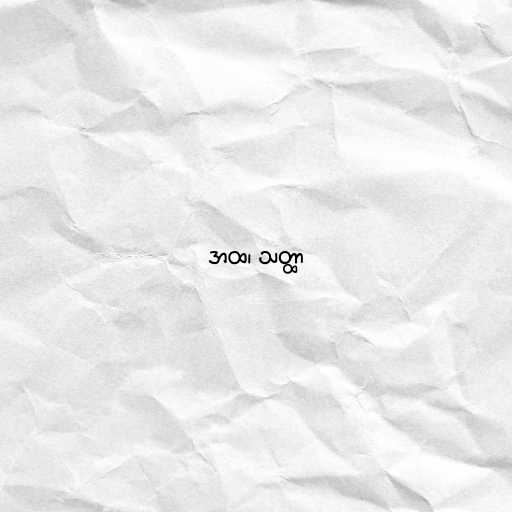
အထ၊ သတ္ထာ